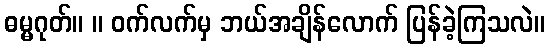
ဓမ္မဂုတ်။ ။ ဝက်လက်မှ ဘယ်အချိန်လောက် ပြန်ခဲ့ကြသလဲ။